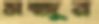
মন্জুর